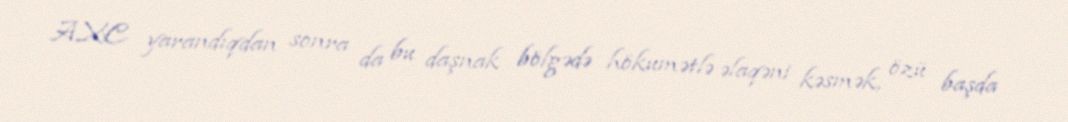
AXC yarandıqdan sonra da bu daşnak bölgədə hökumətlə əlaqəni kəsmək, özü başda